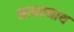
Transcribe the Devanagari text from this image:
माधवनाथ